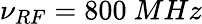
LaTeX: \nu_{RF}=800~MHz